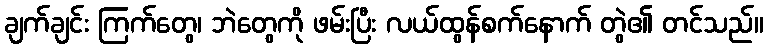
ချက်ချင်း ကြက်တွေ၊ ဘဲတွေကို ဖမ်းပြီး လယ်ထွန်စက်နောက် တွဲ၏ တင်သည်။